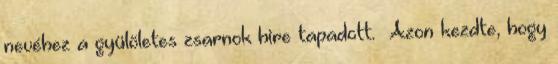
nevéhez a gyülöletes zsarnok hire tapadott. «Azon kezdte, hogy